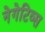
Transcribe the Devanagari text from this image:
नेगेटिव्स